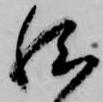
然